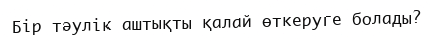
Бір тәулік аштықты қалай өткеруге болады?